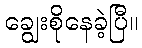
ချွေးစိုနေခဲ့ပြီ။